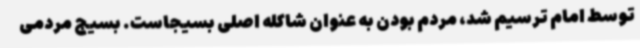
توسط امام ترسیم شد، مردم بودن به عنوان شاکله اصلی‌ بسیجاست. بسیج مردمی